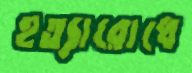
হত্যারোধে